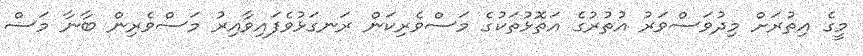
މީގެ އިތުރަށް މިދުވަސްވަރު އުތުރުގެ އަތޮޅުތަކުގެ މަސްވެރިކަން ރަނގަޅުވެފައިވާއިރު މަސްވެރިން ބާނާ މަސް